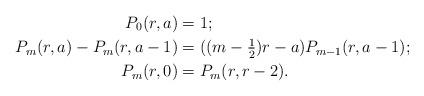
LaTeX: \begin{align*}P_0(r,a) & =1;\\P_m(r,a)-P_{m}(r,a-1) & =((m-\textstyle{\frac 12})r-a)P_{m-1}(r,a-1); \\P_m(r,0) & =P_m(r,r-2). \end{align*}